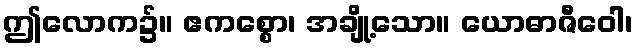
ဤလောက၌။ ဧကစ္စော၊ အချို့သော။ ယောဓာဇီဝေါ၊